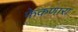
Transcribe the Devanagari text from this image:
फेकणारा